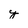
Character: y